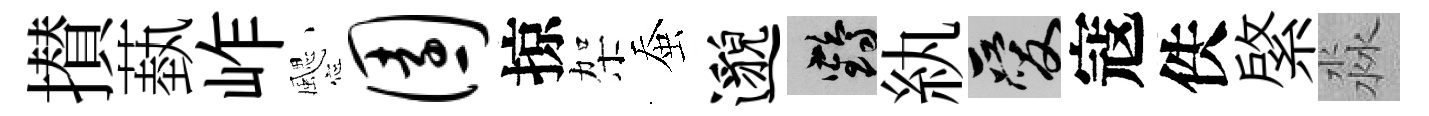
攅蓺岞颸园掠架蚕邈鶴紈爱寇佚綮淼